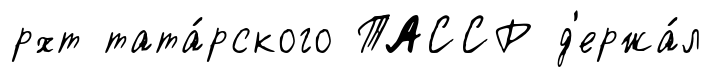
рхт тата́рского ТАССР д'ержа́л